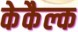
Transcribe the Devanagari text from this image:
केकैल्क